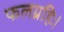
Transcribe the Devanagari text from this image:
फलग्रहिः।